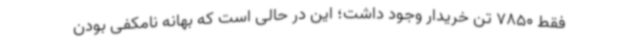
فقط 7850 تن خریدار وجود داشت؛ این در حالی است که بهانه نامکفی بودن